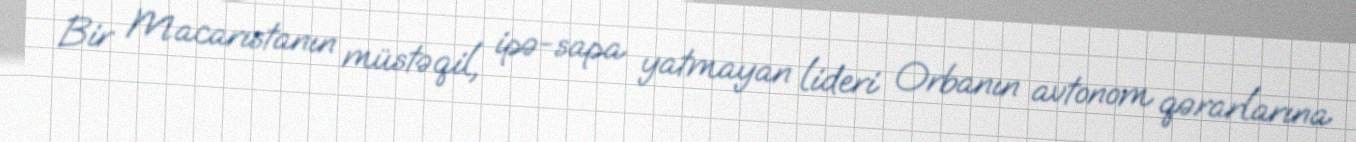
Bir Macarıstanın müstəqil, ipə-sapa yatmayan lideri Orbanın avtonom qərarlarına